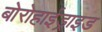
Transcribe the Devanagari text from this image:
बोरोहाईड्राइड